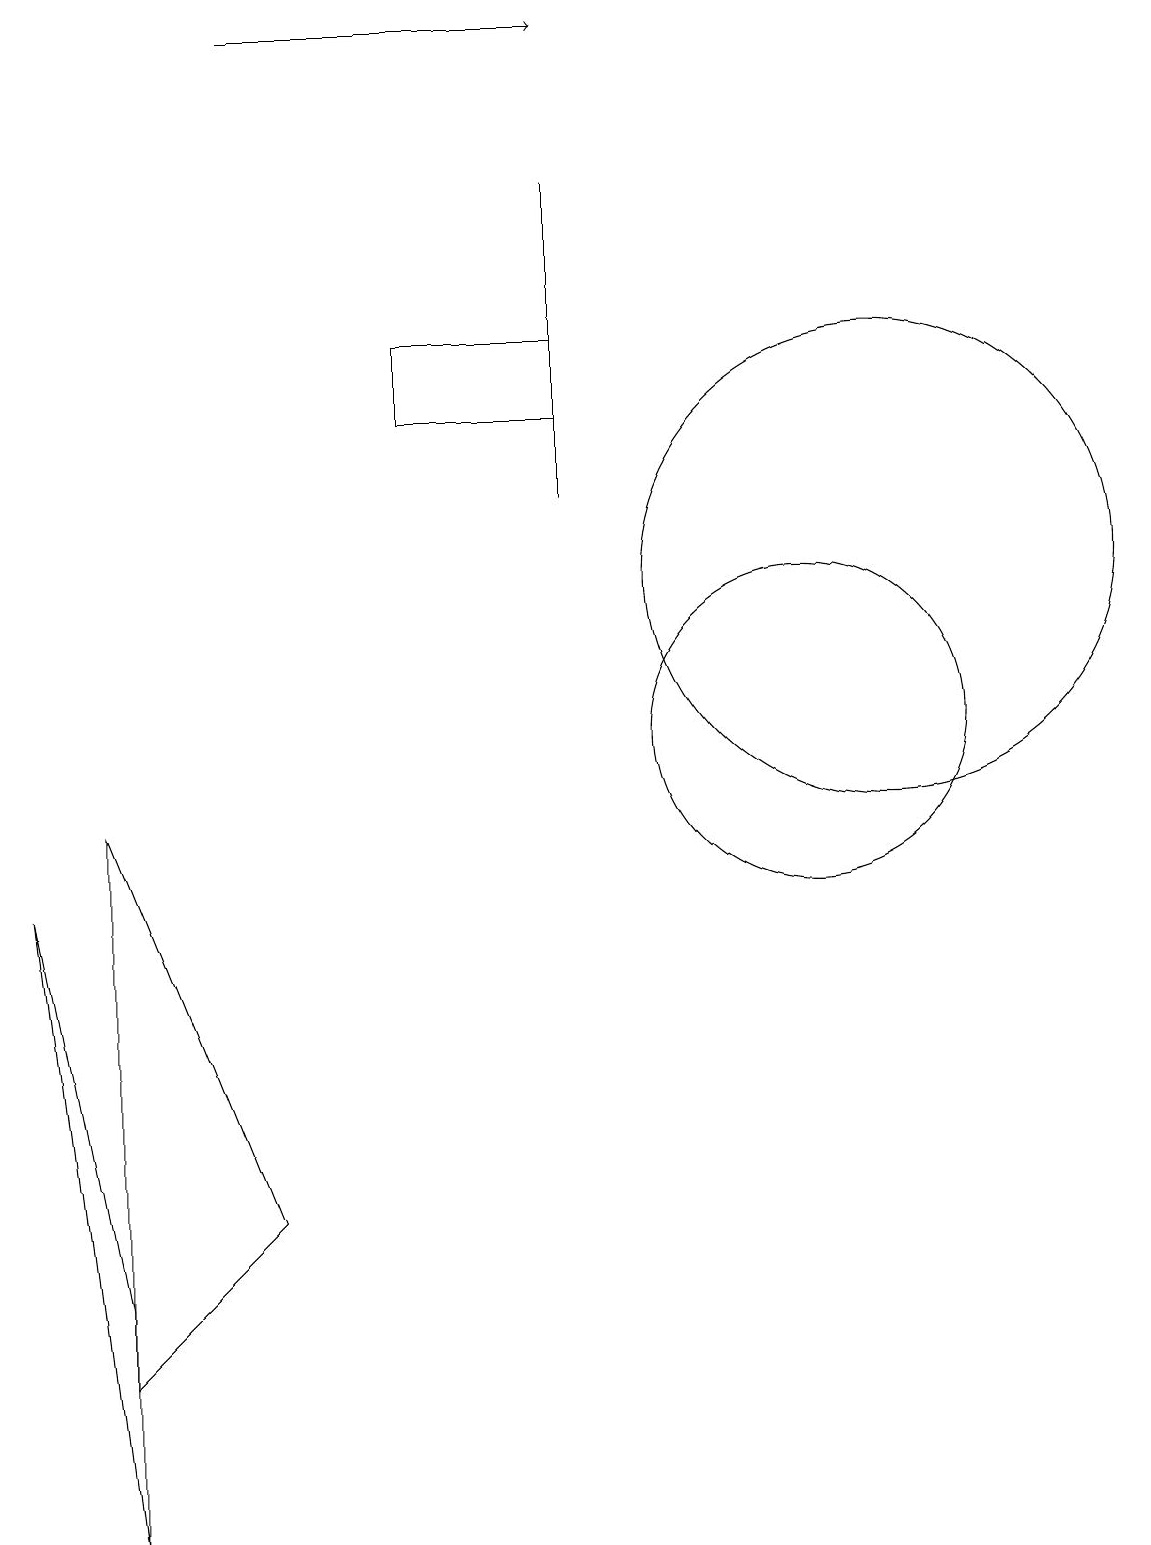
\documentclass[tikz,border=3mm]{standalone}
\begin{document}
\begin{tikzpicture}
\draw (2,3) -- (1,8) -- (2,0) -- cycle;
\draw (8,13) rectangle (8,17);
\draw (2,9) -- (2,2) -- (4,4) -- cycle;
\draw (6,14) rectangle (8,15);
\draw (11,10) circle (2);
\draw (12,12) circle (3);
\draw[->] (4,19) -- (8,19);
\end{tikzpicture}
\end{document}